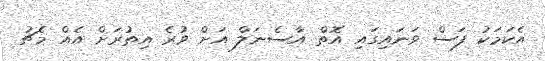
އެކަމަކު ފަސް ވަނައިގައި އޮތް އާސެނަލް އަށް ވުރެ އިތުރަށް އެއް މެޗު